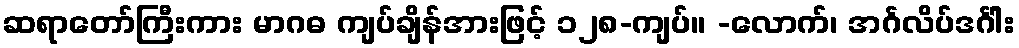
ဆရာတော်ကြီးကား မာဂဓ ကျပ်ချိန်အားဖြင့် ၁၂၈-ကျပ်။ -လောက်၊ အင်္ဂလိပ်ဒင်္ဂါး